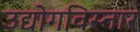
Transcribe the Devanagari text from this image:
उद्योगविस्तार